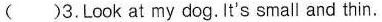
()3.Look at my dog.It's small and thin.